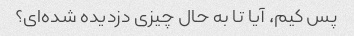
پس کیم، آیا تا به حال چیزی دزدیده شده‌ای؟